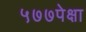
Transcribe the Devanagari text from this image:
५७७पेक्षा